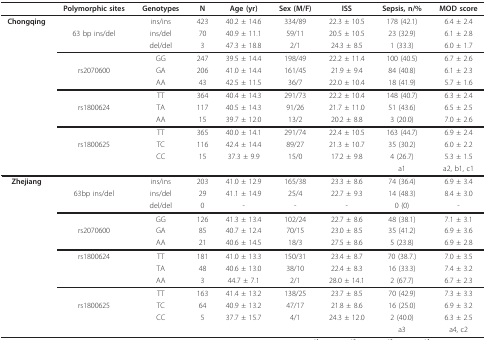
<table><thead><tr><td></td><td><b>Polymorphic sites</b></td><td><b>Genotypes</b></td><td><b>N</b></td><td><b>Age (yr)</b></td><td><b>Sex (M/F)</b></td><td><b>ISS</b></td><td><b>Sepsis, n/%</b></td><td><b>MOD score</b></td></tr></thead><tbody><tr><td><b>Chongqing</b></td><td></td><td>ins/ins</td><td>423</td><td>40.2 ± 14.6</td><td>334/89</td><td>22.3 ± 10.5</td><td>178 (42.1)</td><td>6.4 ± 2.4</td></tr><tr><td></td><td>63 bp ins/del</td><td>ins/del</td><td>70</td><td>40.9 ± 11.1</td><td>59/11</td><td>20.5 ± 10.5</td><td>23 (32.9)</td><td>6.1 ± 2.8</td></tr><tr><td></td><td></td><td>del/del</td><td>3</td><td>47.3 ± 18.8</td><td>2/1</td><td>24.3 ± 8.5</td><td>1 (33.3)</td><td>6.0 ± 1.7</td></tr><tr><td></td><td></td><td>GG</td><td>247</td><td>39.5 ± 14.4</td><td>198/49</td><td>22.2 ± 11.4</td><td>100 (40.5)</td><td>6.7 ± 2.6</td></tr><tr><td></td><td>rs2070600</td><td>GA</td><td>206</td><td>41.0 ± 14.4</td><td>161/45</td><td>21.9 ± 9.4</td><td>84 (40.8)</td><td>6.1 ± 2.3</td></tr><tr><td></td><td></td><td>AA</td><td>43</td><td>42.5 ± 11.5</td><td>36/7</td><td>22.0 ± 10.4</td><td>18 (41.9)</td><td>5.7 ± 1.6</td></tr><tr><td></td><td></td><td>TT</td><td>364</td><td>40.4 ± 14.3</td><td>291/73</td><td>22.2 ± 10.4</td><td>148 (40.7)</td><td>6.3 ± 2.4</td></tr><tr><td></td><td>rs1800624</td><td>TA</td><td>117</td><td>40.5 ± 14.3</td><td>91/26</td><td>21.7 ± 11.0</td><td>51 (43.6)</td><td>6.5 ± 2.5</td></tr><tr><td></td><td></td><td>AA</td><td>15</td><td>39.7 ± 12.0</td><td>13/2</td><td>20.2 ± 8.8</td><td>3 (20.0)</td><td>7.0 ± 2.6</td></tr><tr><td></td><td></td><td>TT</td><td>365</td><td>40.0 ± 14.1</td><td>291/74</td><td>22.4 ± 10.5</td><td>163 (44.7)</td><td>6.9 ± 2.4</td></tr><tr><td></td><td>rs1800625</td><td>TC</td><td>116</td><td>42.4 ± 14.4</td><td>89/27</td><td>21.3 ± 10.7</td><td>35 (30.2)</td><td>6.0 ± 2.2</td></tr><tr><td></td><td></td><td>CC</td><td>15</td><td>37.3 ± 9.9</td><td>15/0</td><td>17.2 ± 9.8</td><td>4 (26.7)</td><td>5.3 ± 1.5</td></tr><tr><td></td><td></td><td></td><td></td><td></td><td></td><td></td><td>a1</td><td>a2, b1, c1</td></tr><tr><td><b>Zhejiang</b></td><td></td><td>ins/ins</td><td>203</td><td>41.0 ± 12.9</td><td>165/38</td><td>23.3 ± 8.6</td><td>74 (36.4)</td><td>6.9 ± 3.4</td></tr><tr><td></td><td>63bp ins/del</td><td>ins/del</td><td>29</td><td>41.1 ± 14.9</td><td>25/4</td><td>22.7 ± 9.3</td><td>14 (48.3)</td><td>8.4 ± 3.0</td></tr><tr><td></td><td></td><td>del/del</td><td>0</td><td>-</td><td>-</td><td>-</td><td>0 (0)</td><td>-</td></tr><tr><td></td><td></td><td>GG</td><td>126</td><td>41.3 ± 13.4</td><td>102/24</td><td>22.7 ± 8.6</td><td>48 (38.1)</td><td>7.1 ± 3.1</td></tr><tr><td></td><td>rs2070600</td><td>GA</td><td>85</td><td>40.7 ± 12.4</td><td>70/15</td><td>23.0 ± 8.5</td><td>35 (41.2)</td><td>6.9 ± 3.6</td></tr><tr><td></td><td></td><td>AA</td><td>21</td><td>40.6 ± 14.5</td><td>18/3</td><td>27.5 ± 8.6</td><td>5 (23.8)</td><td>6.9 ± 2.8</td></tr><tr><td></td><td>rs1800624</td><td>TT</td><td>181</td><td>41.0 ± 13.3</td><td>150/31</td><td>23.4 ± 8.7</td><td>70 (38.7.)</td><td>7.0 ± 3.5</td></tr><tr><td></td><td></td><td>TA</td><td>48</td><td>40.6 ± 13.0</td><td>38/10</td><td>22.4 ± 8.3</td><td>16 (33.3)</td><td>7.4 ± 3.2</td></tr><tr><td></td><td></td><td>AA</td><td>3</td><td>44.7 ± 7.1</td><td>2/1</td><td>28.0 ± 14.1</td><td>2 (67.7)</td><td>6.7 ± 2.3</td></tr><tr><td></td><td></td><td>TT</td><td>163</td><td>41.4 ± 13.2</td><td>138/25</td><td>23.7 ± 8.5</td><td>70 (42.9)</td><td>7.3 ± 3.3</td></tr><tr><td></td><td>rs1800625</td><td>TC</td><td>64</td><td>40.9 ± 13.2</td><td>47/17</td><td>21.8 ± 8.6</td><td>16 (25.0)</td><td>6.9 ± 3.2</td></tr><tr><td></td><td></td><td>CC</td><td>5</td><td>37.7 ± 15.7</td><td>4/1</td><td>24.3 ± 12.0</td><td>2 (40.0)</td><td>6.3 ± 2.5</td></tr><tr><td></td><td></td><td></td><td></td><td></td><td></td><td></td><td>a3</td><td>a4, c2</td></tr></tbody></table>